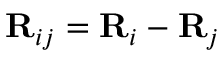
{ \bf R } _ { i j } = { \bf R } _ { i } - { \bf R } _ { j }